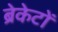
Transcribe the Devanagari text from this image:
ब्रेकेटों